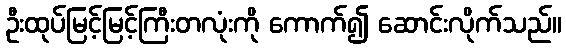
ဦးထုပ်မြင့်မြင့်ကြီးတလုံးကို ကောက်၍ ဆောင်းလိုက်သည်။